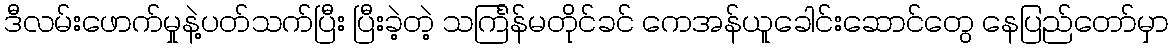
ဒီလမ်းဖောက်မှုနဲ့ပတ်သက်ပြီး ပြီးခဲ့တဲ့ သင်္ကြန်မတိုင်ခင် ကေအန်ယူခေါင်းဆောင်တွေ နေပြည်တော်မှာ